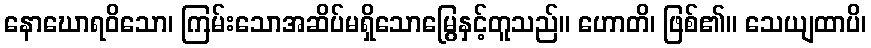
နောဃောရဝိသော၊ ကြမ်းသောအဆိပ်မရှိသောမြွေနှင့်တူသည်။ ဟောတိ၊ ဖြစ်၏။ သေယျထာပိ၊